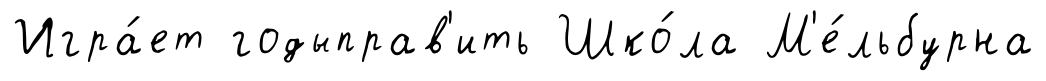
Игра́ет годыправ'ить Шко́ла М'е́льбурна